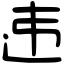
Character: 违